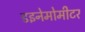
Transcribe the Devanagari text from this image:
डइनेमोमीटर